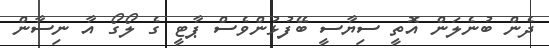
ދެން ބުނެލަން އޮތީ ސިޔާސީ ބޭފުޅުންވެސް ޕާޓީ ގެ ލޯގޯ އާ ނިސާން